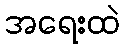
အရေးထဲ